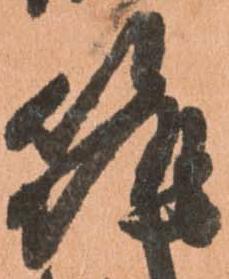
筑